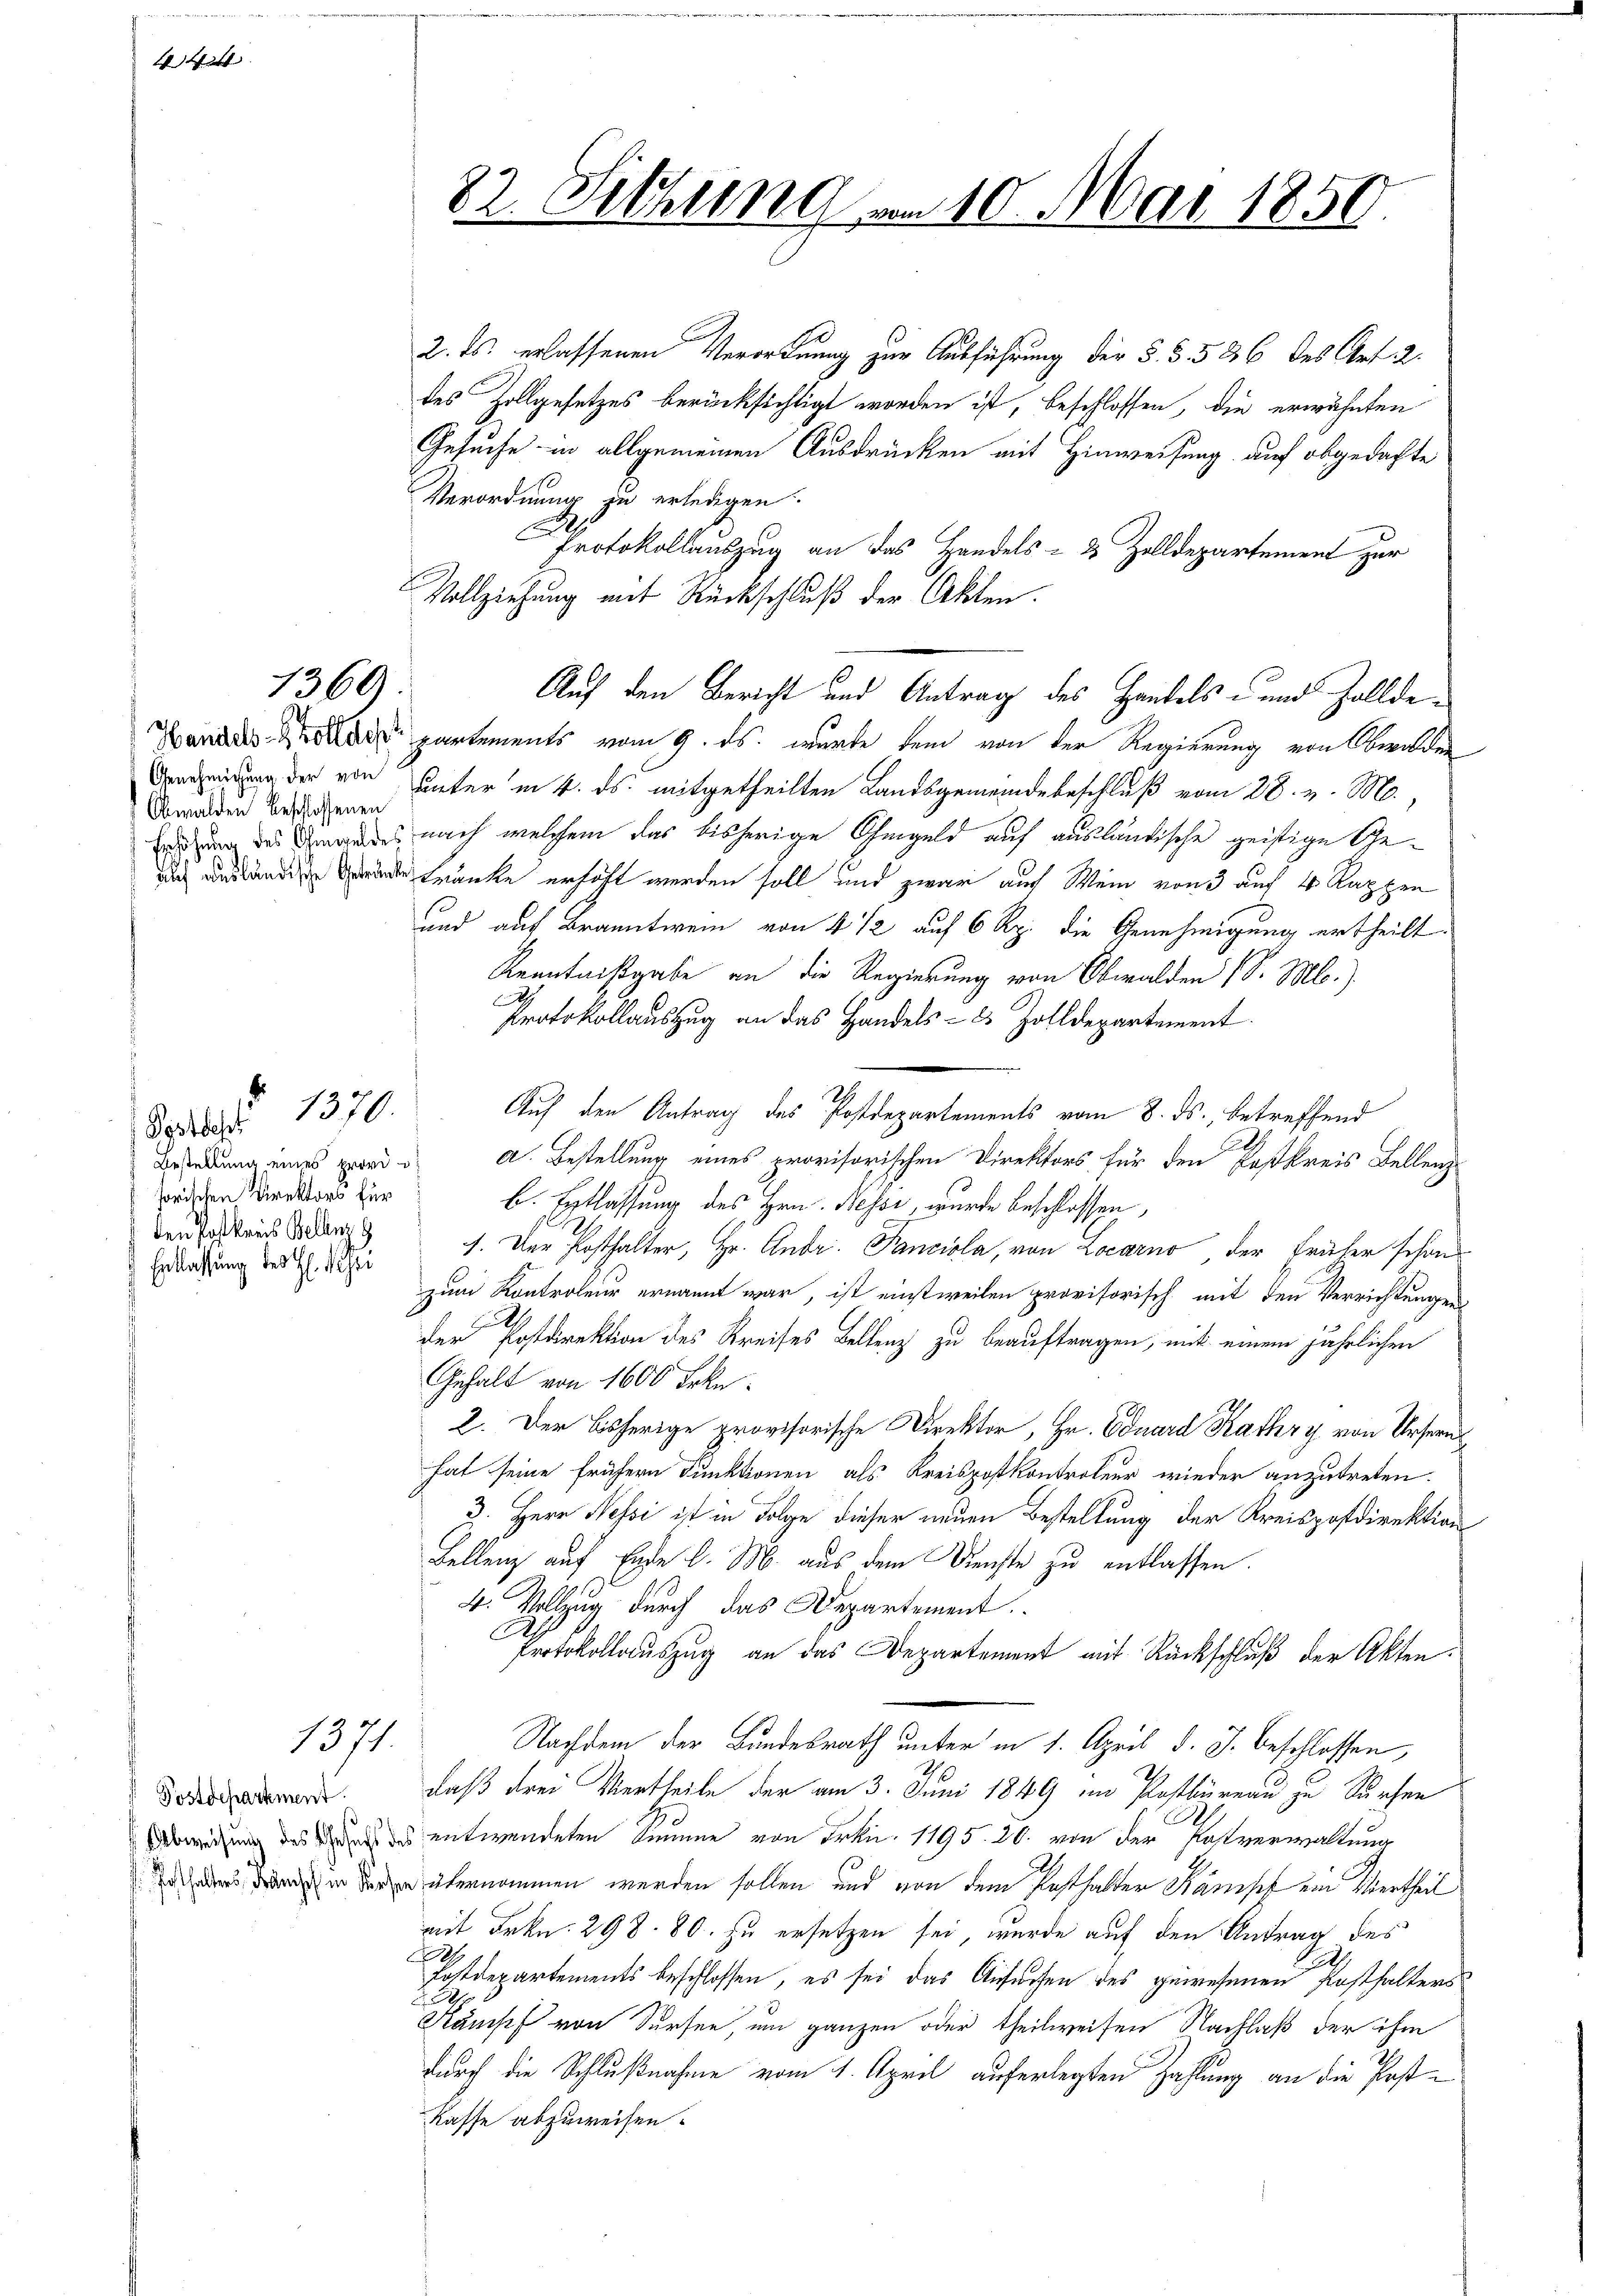
444

1369.

Obwalden beschlossenen
Erhöhung des Ohmgeldes

Postbehrt
Bestellung eines provisorischen Direktors für
den Postkreis Belang
 Entlassung des H. Schei

1370.

1371.

82. Sitzung vom 10. Mai 1850

Protokollauszug an das Handels- & Zolldepartement zur
Vollziehung mit Rückschluß der Akten.
Auf den Bericht und Antrag des Handels- und Zollde¬
Dans la partements vom 9. ds. wurde dem von der Regierung von Obwalden

2. ds. erlassenen Verordnung zur Ausführung der §. 5. 586 des Art. 2.
des Zollgesetzes berücksichtigt worden ist, beschlossen, die erwähnten
Gesuche in allgemeinen Ausdrücken mit Hinweisung auf obgedachte
Verordnung zu erledigen.
ung der von Unter in 4. ds. mitgetheilten Landsgemeindebeschluß vom 28. v. M.,
nach welchem das bisherige Ohmgeld auf ausländische geistige Gee Kränke erhöht werden soll und zwar auf Wein von 3 auf 4 Rappen
und auf Branntwein von 4 1/2 auf 6 Rp. die Genehmigung ertheilt.
Kenntnißgabe an die Regierung von Obwalden (S. M.)
E
Protokollauszug an das Handels- & Zolldepartement
.
Auf den Antrag des Postdepartements vom 8. ds., betreffend
Bl
a. Bestellung eines provisorischen Direktors für den Postkreis Bellenz
b. Erblassung des Hrn. Hesse, wurde beschlossen,
1. Der Posthalter, Hr. Andr. Panciola, von Locarno, der früher schon
zum Kontroleur ernannt war, ist einstweilen provisorisch mit den Verrichtungen
der Postdirektion des Kreises Bellenz zu beauftragen, mit einem jährlichen
Gehalt von 1600 Frkn.
2. Der bisherige provisorische Direktor, Hr. Eduard Kathry von Ursernhat seine frühern Funktionen als Kreispostkontroleur wieder anzutreten.
2. Herr Nessi ist in Folge dieser neuen Bestellung der Kreispostdirektion
Bellenz auf Ende d. M. aus dem Dienste zu entlassen.
4. Vollzug durch das Departement
d
C.
Protokollauszug an das Departement mit Rückschluß der Akten.
Nachdem der Bundesrath unter in 1. April d. J. beschlossen,
dward. Daß drei Vertheile der am 3. Juni 1849 im Pastbüreau zu dürfen
widung des de des entwendeten Summe von Frkn. 1795. 26. von der Postverwaltung
e übernommen werden sollen und von dem Pasthalter Kamisch ein Vertheil
mit Frkn. 298. 80. zu ersetzen sei, wurde auf den Antrag des
h
2
Fostdepartements beschlossen, es sei das Ansuchen des gewesenen Posthalters
 2
Kampf von Sursen, um ganzen oder theilweisen Nachlaß der ihm
durch die Schlußnahme vom 1. April auferlegten Zahlung an die Post¬
Kasse abzuweisen.